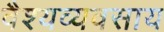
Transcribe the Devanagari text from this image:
वैश्यव्यवसाय